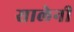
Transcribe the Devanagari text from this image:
सालेनी